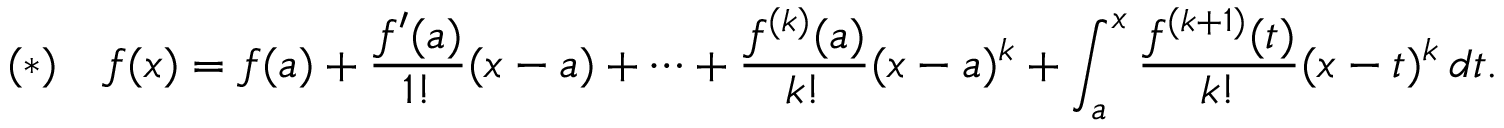
( * ) \quad f ( x ) = f ( a ) + { \frac { f ^ { \prime } ( a ) } { 1 ! } } ( x - a ) + \cdots + { \frac { f ^ { ( k ) } ( a ) } { k ! } } ( x - a ) ^ { k } + \int _ { a } ^ { x } { \frac { f ^ { ( k + 1 ) } ( t ) } { k ! } } ( x - t ) ^ { k } \, d t .